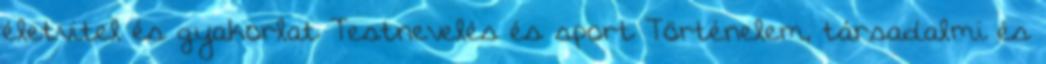
életvitel és gyakorlat Testnevelés és sport Történelem, társadalmi és